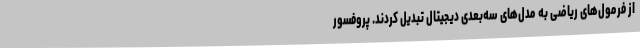
از فرمول‌های ریاضی به مدل‌های سه‌بعدی دیجیتال تبدیل کردند. پروفسور